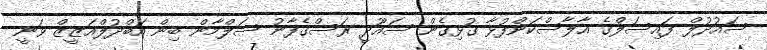
ސައުދުލް ފައިސަލްގެ އާލާސްކަންފުޅާ ގުޅިގެން ސައޫދީ ރަސްގެފާނު ސަލްމާން ބިން އަބްދުލްއަޒީޒް ވަނީ